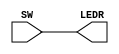
module TopLevel (
    // names for pins  
    // each name represents a pin or a vector of pins
    SW,
    LEDR
);

input [0:9] SW;
output [0:9] LEDR;

// builds wires between the elements on the right side of 
// the equal sign and those on the left.
assign LEDR = SW; // Connect all switches to LEDs.
    
endmodule